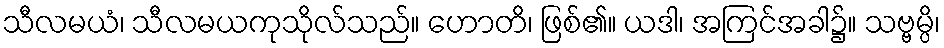
သီလမယံ၊ သီလမယကုသိုလ်သည်။ ဟောတိ၊ ဖြစ်၏။ ယဒါ၊ အကြင်အခါ၌။ သဗ္ဗမ္ပိ၊